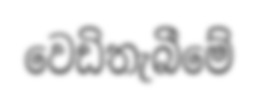
වෙඩිතැබීමේ